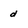
Character: d